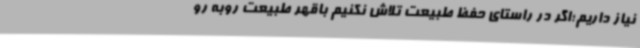
نیاز داریم؛اگر در راستای حفظ طبیعت تلاش نکنیم باقهر طبیعت روبه رو